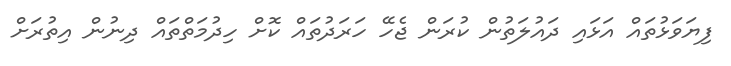
ފިޔަވަޅުތައް އަޅައި ދައުލަތުން ކުރަން ޖެހޭ ހަރަދުތައް ކޮށް ހިދުމަތްތައް ދިނުން އިތުރަށް